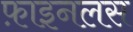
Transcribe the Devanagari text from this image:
फ़ाइनलस